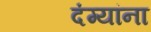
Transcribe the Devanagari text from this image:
दंग्यांना